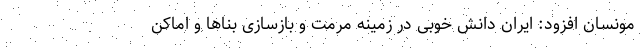
مونسان افزود: ایران دانش خوبی در زمینه مرمت و بازسازی بناها و اماکن